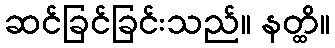
ဆင်ခြင်ခြင်းသည်။ နတ္ထိ။